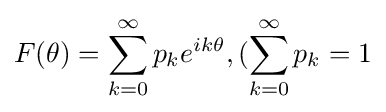
F(\theta )=\sum \limits _{k=0}^{\infty }p_{k}e^{ik\theta },(\sum \limits _{k=0}^{\infty }p_{k}=1